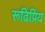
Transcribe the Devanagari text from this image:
रूढिप्रिय